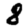
Digit: 8